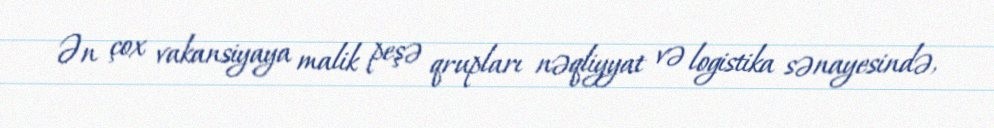
Ən çox vakansiyaya malik peşə qrupları nəqliyyat və logistika sənayesində,